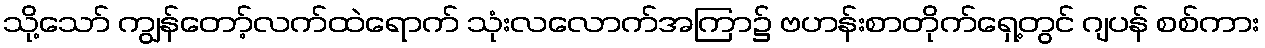
သို့သော် ကျွန်တော့်လက်ထဲရောက် သုံးလလောက်အကြာ၌ ဗဟန်းစာတိုက်ရှေ့တွင် ဂျပန် စစ်ကား